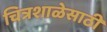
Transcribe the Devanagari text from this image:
चित्रशाळेसाठी